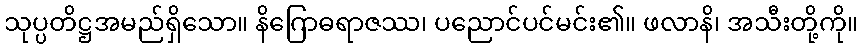
သုပ္ပတိဋ္ဌအမည်ရှိသော။ နိဂြောဓရာဇဿ၊ ပညောင်ပင်မင်း၏။ ဖလာနိ၊ အသီးတို့ကို။